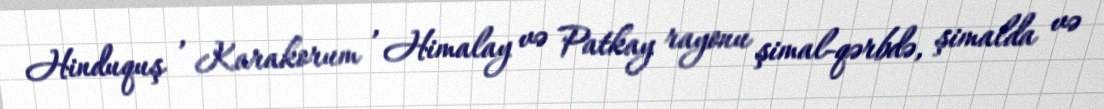
Hinduquş , Karakorum , Himalay və Patkay rayonu şimal-qərbdə, şimalda və